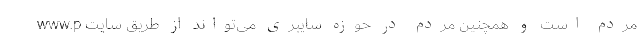
مردم است و همچنین مردم در حوزه سایبری می‌تواند از طریق سایت www.p